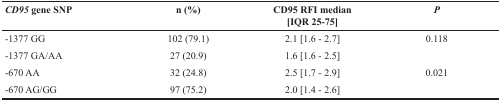
| CD95 gene SNP | n (%) | CD95 RFI median [IQR 25-75] | P |
 | --- | --- | --- | --- |
 | −1377 GG | 102 (79.1) | 2.1 [1.6 - 2.7] | 0.118 |
 | −1377 GA/AA | 27 (20.9) | 1.6 [1.6 - 2.5] |  |
 | −670 AA | 32 (24.8) | 2.5 [1.7 - 2.9] | 0.021 |
 | −670 AG/GG | 97 (75.2) | 2.0 [1.4 - 2.6] |  |